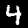
Digit: 4